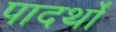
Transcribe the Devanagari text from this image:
पादर्थों